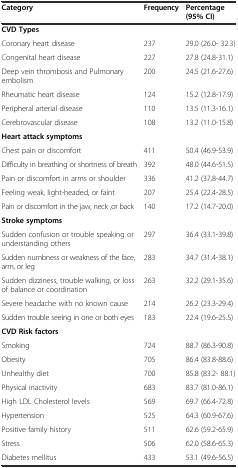
<table><thead><tr><td><b>Category</b></td><td><b>Frequency</b></td><td><b>Percentage (95% CI)</b></td></tr></thead><tbody><tr><td><b>CVD Types</b></td><td></td><td></td></tr><tr><td>Coronary heart disease</td><td>237</td><td>29.0 (26.0- 32.3)</td></tr><tr><td>Congenital heart disease</td><td>227</td><td>27.8 (24.8-31.1)</td></tr><tr><td>Deep vein thrombosis and Pulmonary embolism</td><td>200</td><td>24.5 (21.6-27.6)</td></tr><tr><td>Rheumatic heart disease</td><td>124</td><td>15.2 (12.8-17.9)</td></tr><tr><td>Peripheral arterial disease</td><td>110</td><td>13.5 (11.3-16.1)</td></tr><tr><td>Cerebrovascular disease</td><td>108</td><td>13.2 (11.0-15.8)</td></tr><tr><td><b>Heart attack symptoms</b></td><td></td><td></td></tr><tr><td>Chest pain or discomfort</td><td>411</td><td>50.4 (46.9-53.9)</td></tr><tr><td>Difficulty in breathing or shortness of breath</td><td>392</td><td>48.0 (44.6-51.5)</td></tr><tr><td>Pain or discomfort in arms or shoulder</td><td>336</td><td>41.2 (37.8-44.7)</td></tr><tr><td>Feeling weak, light-headed, or faint</td><td>207</td><td>25.4 (22.4-28.5)</td></tr><tr><td>Pain or discomfort in the jaw, neck ,or back</td><td>140</td><td>17.2 (14.7-20.0)</td></tr><tr><td><b>Stroke symptoms</b></td><td></td><td></td></tr><tr><td>Sudden confusion or trouble speaking or understanding others</td><td>297</td><td>36.4 (33.1-39.8)</td></tr><tr><td>Sudden numbness or weakness of the face, arm, or leg</td><td>283</td><td>34.7 (31.4-38.1)</td></tr><tr><td>Sudden dizziness, trouble walking, or loss of balance or coordination</td><td>263</td><td>32.2 (29.1-35.6)</td></tr><tr><td>Severe headache with no known cause</td><td>214</td><td>26.2 (23.3-29.4)</td></tr><tr><td>Sudden trouble seeing in one or both eyes</td><td>183</td><td>22.4 (19.6-25.5)</td></tr><tr><td><b>CVD Risk factors</b></td><td></td><td></td></tr><tr><td>Smoking</td><td>724</td><td>88.7 (86.3-90.8)</td></tr><tr><td>Obesity</td><td>705</td><td>86.4 (83.8-88.6)</td></tr><tr><td>Unhealthy diet</td><td>700</td><td>85.8 (83.2- 88.1)</td></tr><tr><td>Physical inactivity</td><td>683</td><td>83.7 (81.0-86.1)</td></tr><tr><td>High LDL Cholesterol levels</td><td>569</td><td>69.7 (66.4-72.8)</td></tr><tr><td>Hypertension</td><td>525</td><td>64.3 (60.9-67.6)</td></tr><tr><td>Positive family history</td><td>511</td><td>62.6 (59.2-65.9)</td></tr><tr><td>Stress</td><td>506</td><td>62.0 (58.6-65.3)</td></tr><tr><td>Diabetes mellitus</td><td>433</td><td>53.1 (49.6-56.5)</td></tr></tbody></table>